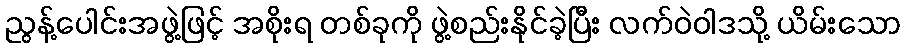
ညွန့်ပေါင်းအဖွဲ့ဖြင့် အစိုးရ တစ်ခုကို ဖွဲ့စည်းနိုင်ခဲ့ပြီး လက်ဝဲဝါဒသို့ ယိမ်းသော